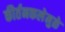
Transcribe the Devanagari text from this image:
कीर्तनकलेमुळे